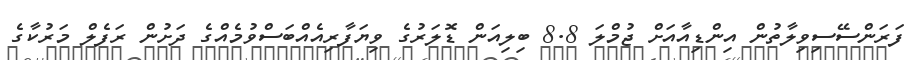
ފަރަންސޭސިވިލާތުން އިންޑިއާއަށް ޖުމްލަ 8.8 ބިލިއަން ޑޮލަރުގެ ވިޔަފާރިއެއްބަސްވުމެއްގެ ދަށުން ރަފެލް މަރުކާގެ